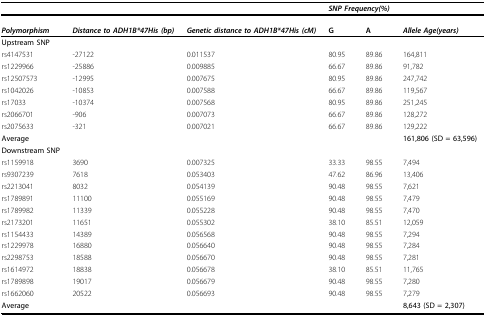
<table><thead><tr><td></td><td></td><td></td><td colspan="2"><b><i>SNP Frequency(%)</i></b></td><td></td></tr><tr><td><b><i>Polymorphism</i></b></td><td><b><i>Distance to ADH1B*47His (bp)</i></b></td><td><b><i>Genetic distance to ADH1B*47His (cM)</i></b></td><td><b>G</b></td><td><b>A</b></td><td><b><i>Allele Age(years)</i></b></td></tr></thead><tbody><tr><td><b>Upstream SNP</b></td><td></td><td></td><td></td><td></td><td></td></tr><tr><td>rs4147531</td><td>-27122</td><td>0.011537</td><td>80.95</td><td>89.86</td><td>164,811</td></tr><tr><td>rs1229966</td><td>-25886</td><td>0.009885</td><td>66.67</td><td>89.86</td><td>91,782</td></tr><tr><td>rs12507573</td><td>-12995</td><td>0.007675</td><td>80.95</td><td>89.86</td><td>247,742</td></tr><tr><td>rs1042026</td><td>-10853</td><td>0.007588</td><td>66.67</td><td>89.86</td><td>119,567</td></tr><tr><td>rs17033</td><td>-10374</td><td>0.007568</td><td>80.95</td><td>89.86</td><td>251,245</td></tr><tr><td>rs2066701</td><td>-906</td><td>0.007073</td><td>66.67</td><td>89.86</td><td>128,272</td></tr><tr><td>rs2075633</td><td>-321</td><td>0.007021</td><td>66.67</td><td>89.86</td><td>129,222</td></tr><tr><td><b>Average</b></td><td></td><td></td><td></td><td></td><td><b>161,806 (SD = 63,596)</b></td></tr><tr><td><b>Downstream SNP</b></td><td></td><td></td><td></td><td></td><td></td></tr><tr><td>rs1159918</td><td>3690</td><td>0.007325</td><td>33.33</td><td>98.55</td><td>7,494</td></tr><tr><td>rs9307239</td><td>7618</td><td>0.053403</td><td>47.62</td><td>86.96</td><td>13,406</td></tr><tr><td>rs2213041</td><td>8032</td><td>0.054139</td><td>90.48</td><td>98.55</td><td>7,621</td></tr><tr><td>rs1789891</td><td>11100</td><td>0.055169</td><td>90.48</td><td>98.55</td><td>7,479</td></tr><tr><td>rs1789982</td><td>11339</td><td>0.055228</td><td>90.48</td><td>98.55</td><td>7,470</td></tr><tr><td>rs2173201</td><td>11651</td><td>0.055302</td><td>38.10</td><td>85.51</td><td>12,059</td></tr><tr><td>rs1154433</td><td>14389</td><td>0.056568</td><td>90.48</td><td>98.55</td><td>7,294</td></tr><tr><td>rs1229978</td><td>16880</td><td>0.056640</td><td>90.48</td><td>98.55</td><td>7,284</td></tr><tr><td>rs2298753</td><td>18588</td><td>0.056670</td><td>90.48</td><td>98.55</td><td>7,281</td></tr><tr><td>rs1614972</td><td>18838</td><td>0.056678</td><td>38.10</td><td>85.51</td><td>11,765</td></tr><tr><td>rs1789898</td><td>19017</td><td>0.056679</td><td>90.48</td><td>98.55</td><td>7,280</td></tr><tr><td>rs1662060</td><td>20522</td><td>0.056693</td><td>90.48</td><td>98.55</td><td>7,279</td></tr><tr><td><b>Average</b></td><td></td><td></td><td></td><td></td><td><b>8,643 (SD = 2,307)</b></td></tr></tbody></table>